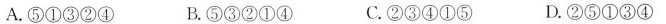
A.⑤①③②④ B.⑤③②①④ C.②③④①⑤ D.②⑤①③④